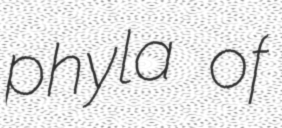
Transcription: phyla of